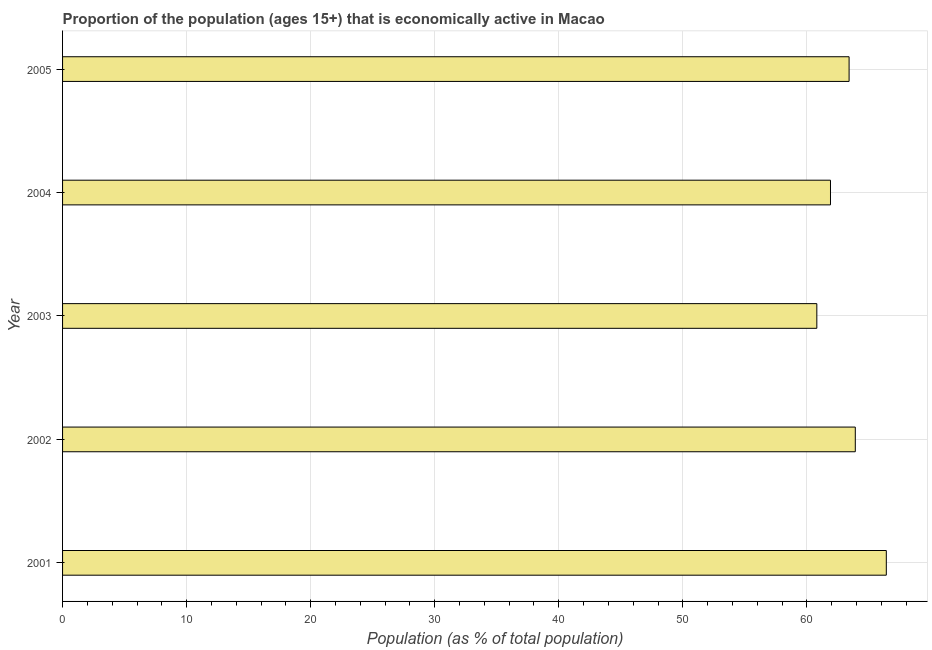
| Year | Labor force participation rate total |
 | --- | --- |
 | 2001 | 66.4 |
 | 2002 | 63.9 |
 | 2003 | 60.8 |
 | 2004 | 61.9 |
 | 2005 | 63.4 |